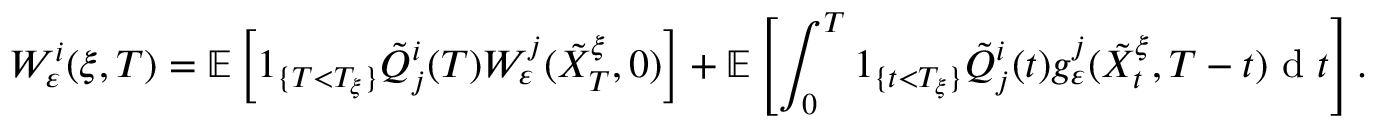
W _ { \varepsilon } ^ { i } ( \xi , T ) = \mathbb { E } \left[ 1 _ { \{ T < T _ { \xi } \} } \tilde { Q } _ { j } ^ { i } ( T ) W _ { \varepsilon } ^ { j } ( \tilde { X } _ { T } ^ { \xi } , 0 ) \right] + \mathbb { E } \left[ \int _ { 0 } ^ { T } 1 _ { \{ t < T _ { \xi } \} } \tilde { Q } _ { j } ^ { i } ( t ) g _ { \varepsilon } ^ { j } ( \tilde { X } _ { t } ^ { \xi } , T - t ) \textrm { d } t \right] .